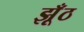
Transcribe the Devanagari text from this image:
झूँठ